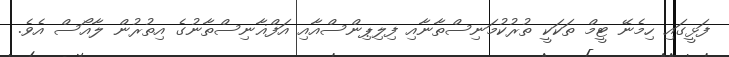
ފަޅީގައި ހިމެނޭ ޓީމް ތަކަކީ ތުރުކުމަނިސްތާނާއި ފިލިޕިންސްއާއި އަފްޣާނިސްތާނުގެ އިތުރުން ލާއޯސް އެވެ.